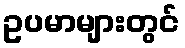
ဥပမာများတွင်